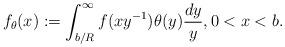
LaTeX: \begin{align*}f_\theta(x) := \int_{b/R}^\infty f(xy^{-1}) \theta(y) \frac{dy}{y},0 < x < b.\end{align*}